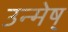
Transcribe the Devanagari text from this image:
उन्मेष्